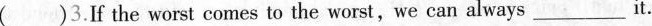
( )3.If the worst comes to the worst,we can always___it.